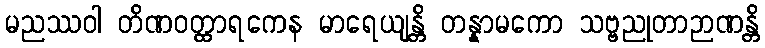
မညဿဝါ တိဏဝတ္ထာရကေန မာရေယျန္တိ တန္နာမကော သဗ္ဗညုတာဉာဏန္တိ